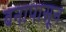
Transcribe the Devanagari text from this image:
वनापासून